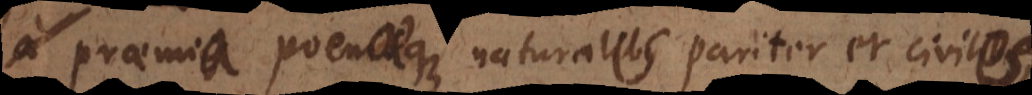
praemia poenaeque naturales pariter et civiles,